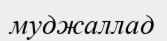
муджаллад